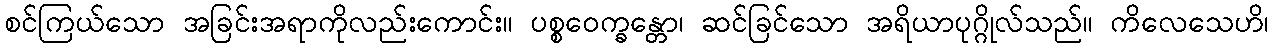
စင်ကြယ်သော အခြင်းအရာကိုလည်းကောင်း။ ပစ္စဝေက္ခန္တော၊ ဆင်ခြင်သော အရိယာပုဂ္ဂိုလ်သည်။ ကိလေသေဟိ၊